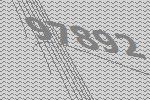
97892